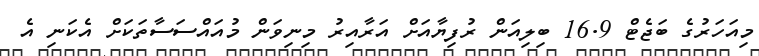
މިއަހަރުގެ ބަޖެޓް 16.9 ބިލިއަން ރުފިޔާއަށް އަރާއިރު މިނިވަން މުއައްސަސާތަކަށް އެކަނި އެ